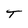
Character: T